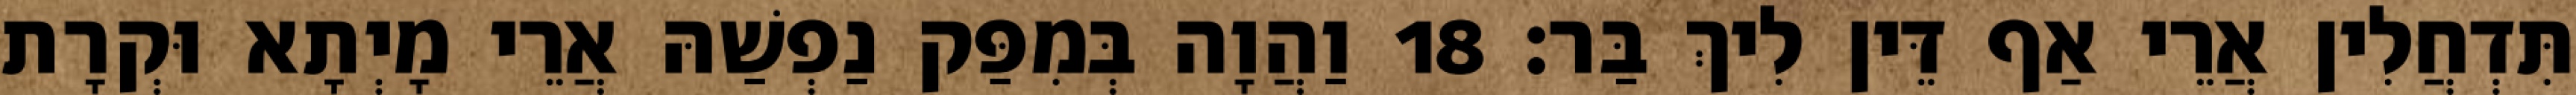
תִּדְחֲלִין אֲרֵי אַף דֵּין לִיךְ בַּר׃ 18 וַהֲוָה בְּמִפַּק נַפְשַׁהּ אֲרֵי מָיְתָא וּקְרָת